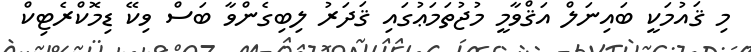
މި ޤައުމަކީ ބައިނަލް އަޤްވާމީ މުޖުތަމަޢުގައި ޤަދަރު ލިބިގެންވާ ބަސް ވިކޭ ޑިމޮކްރެޓިކް